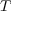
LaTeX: { \mathbf { } } T